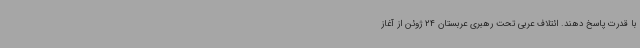
با قدرت پاسخ دهند. ائتلاف عربی تحت رهبری عربستان 24 ژوئن از آغاز